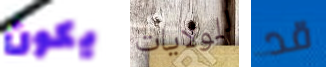
يكون للولايات قد